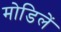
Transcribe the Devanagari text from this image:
मोडिलें